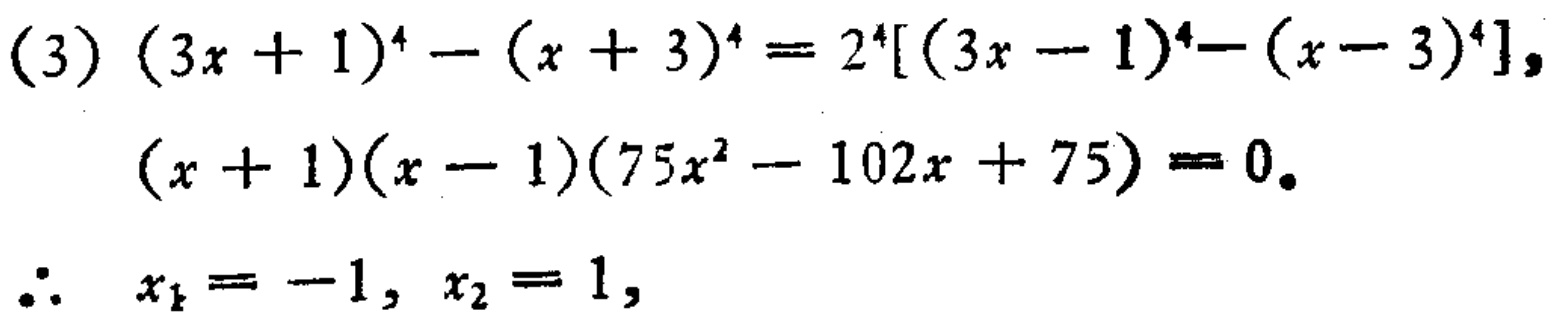
(3) \((3x + 1)^4 - (x + 3)^4 = 2^4[(3x - 1)^4-(x - 3)^4]\)，
\((x + 1)(x - 1)(75x^2 - 102x + 75) = 0\)。
\(\therefore x_1 = -1, x_2 = 1\)，